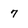
Character: 7